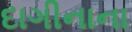
દાગીનાના